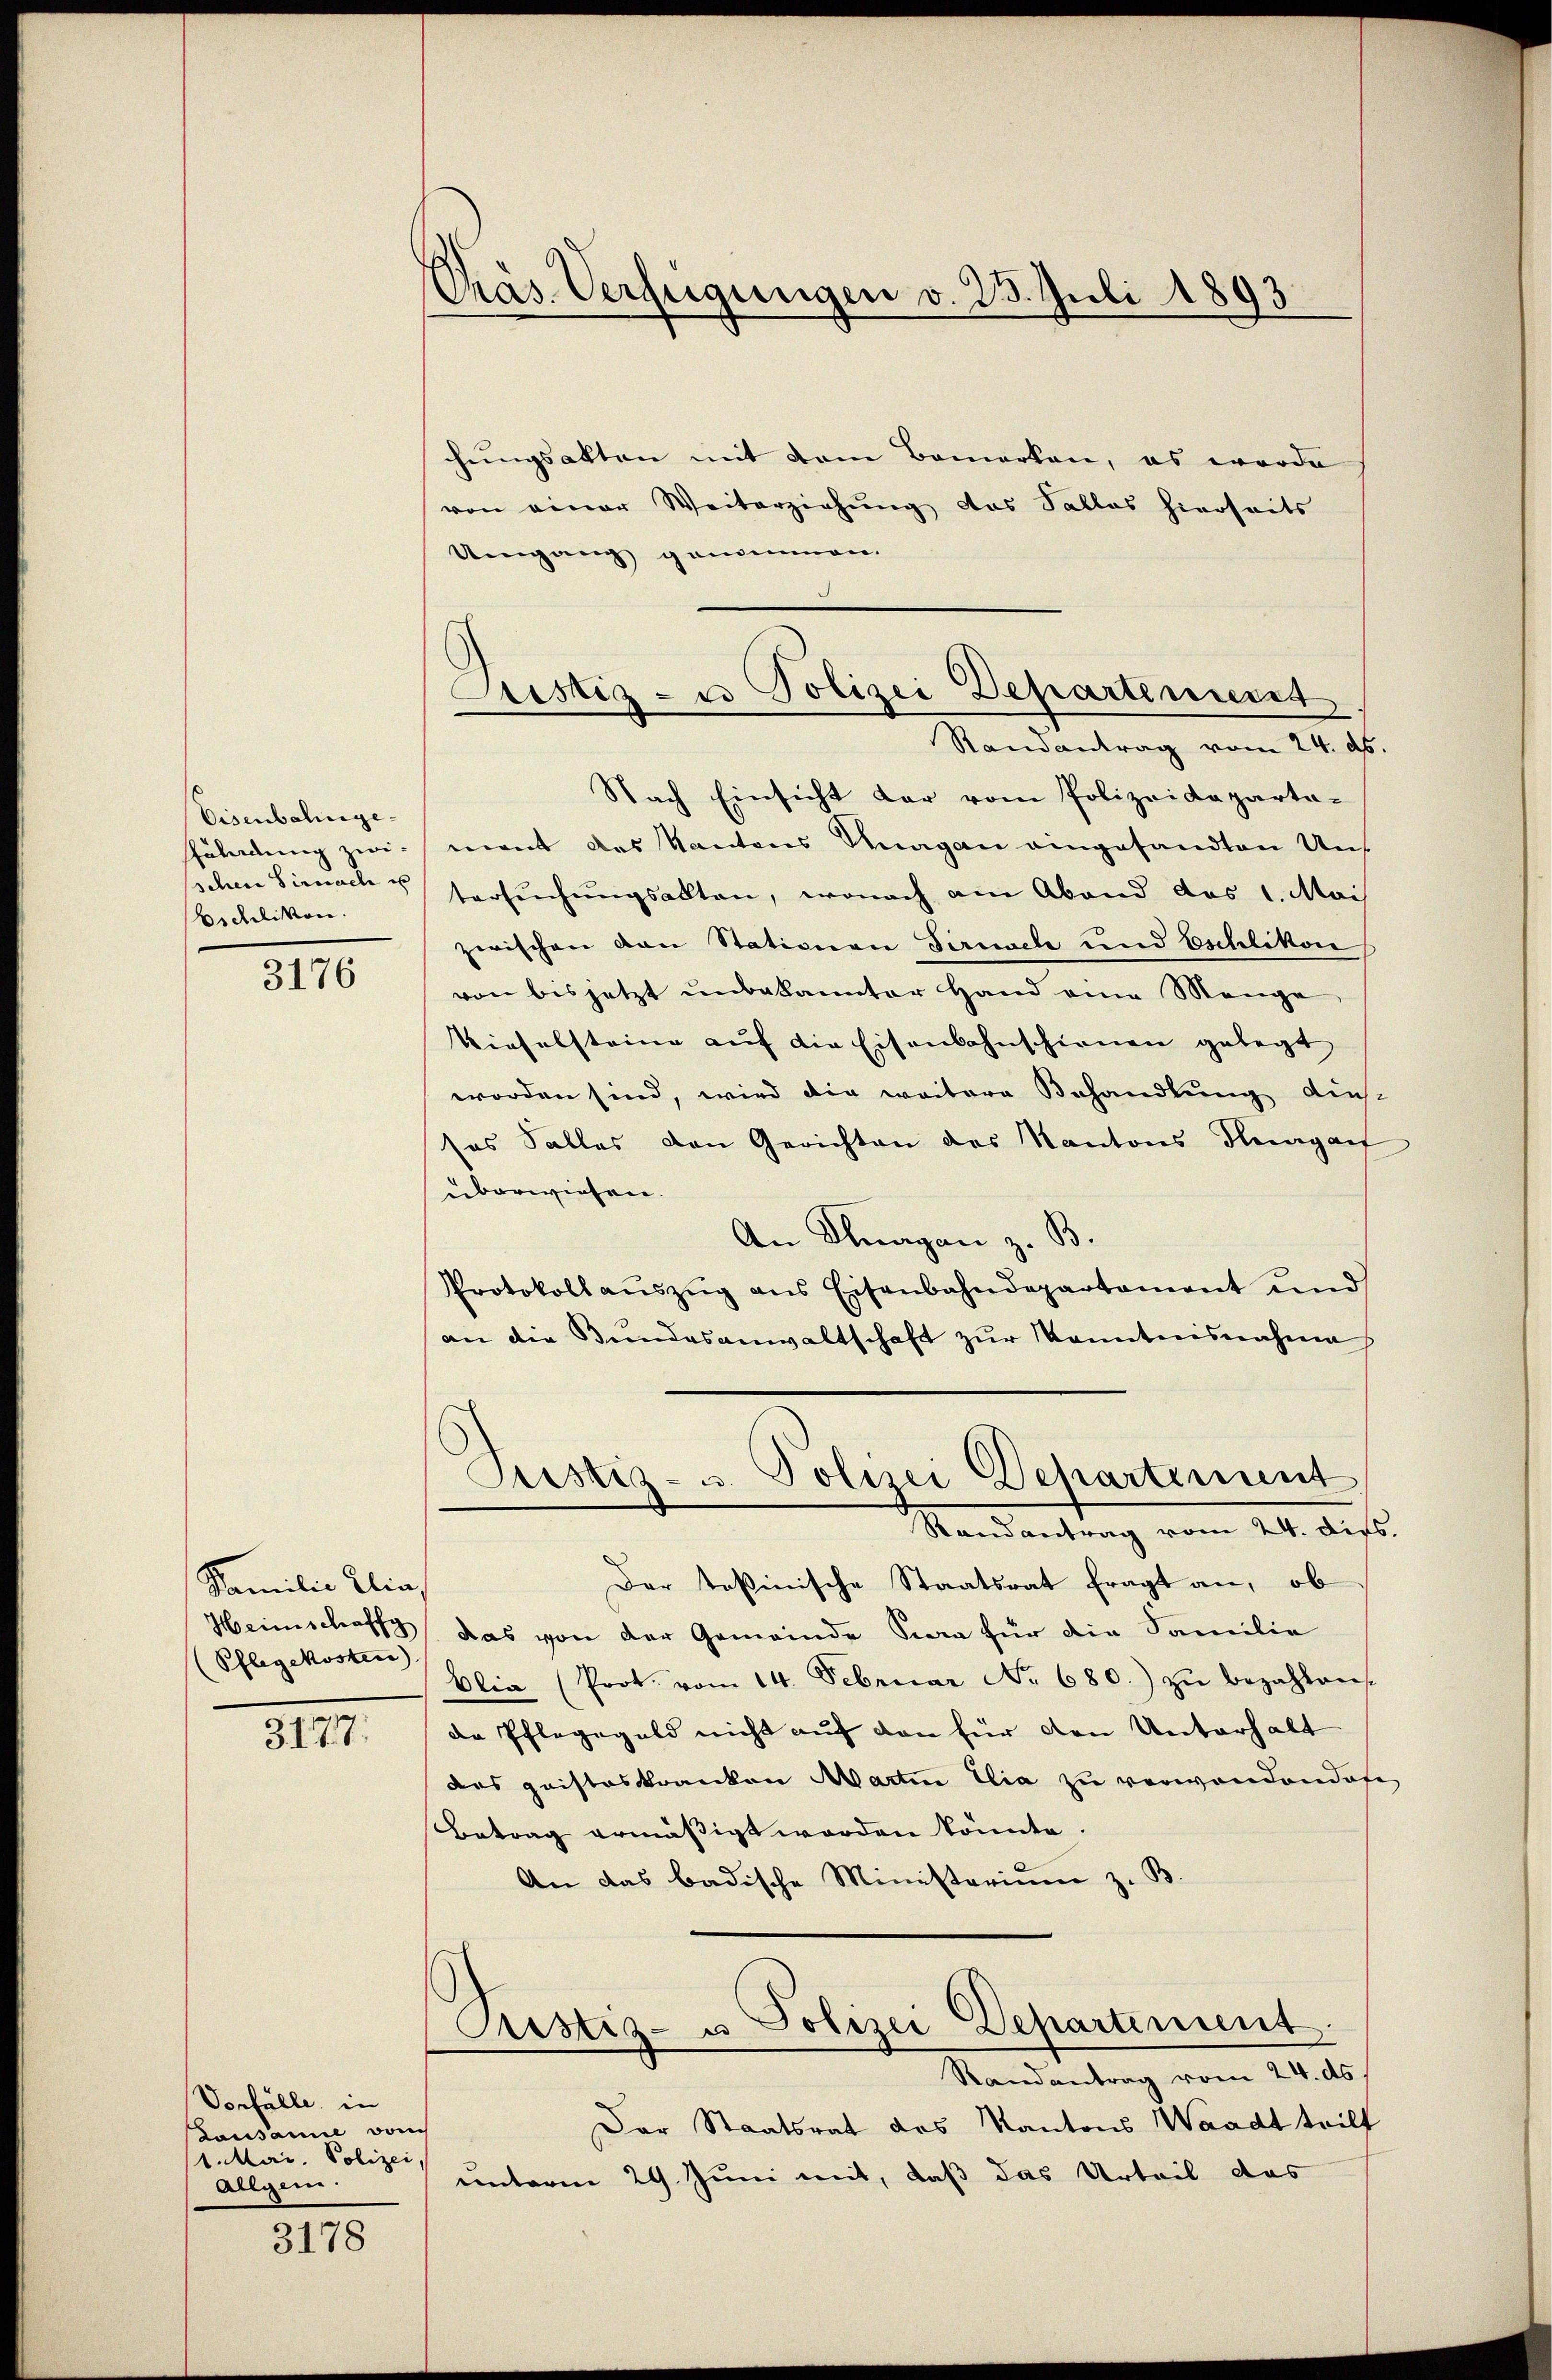
Eisenbahngeschen Sirnach es
bichlikon.

3176

Familie Ilia,
Pflegekosten)

3177.

Vorfälle in
Lausanne doch
1. Mai. Polizei,
Allgem.

3178

Phras. Verfügungen v. 25. Juli 1893.

Pristig - u Polizei Departeniret
Randantrag vom 24. ds.

hungsakten mit dem Bemerken, es werde
von einer Weiterziehung das Sallas hierseits
Umgang genommen.
Nach Einsicht der vom Polizeideparta-
Füladung zwi- ment des Kantons Gnagan eingesandten Untersŭchŭngsalten, wonach am Abend das 1. Mai
zwischen von Stationen Sirnach und Eschlikon
von bis jetzt unbekannter Hand eine Menge,
kieselsteine auf die Eisenbahnschienen gelegt
worden sind, wird die weitere Behandlung dies
sas Salles den Gerichten des Kantons Thurgau
überwiesen. |
An Klagen z. B.
Protokoll aŭszŭg ans Eisenbahndepartament und
an die Bundesanwaltschaft zur Kenntnisnahme
Pustiz- u. Polizei Dehartement
Randantrag vom 24. dies
Der Teßinische Staatsrat fragt an, ob
Heimschoff das von der Gemeinde Sera für die Familie
blia (Prot. vom 14. Februar No 680. zŭ bezahlens-
de Pfleggeld nicht auf den für den Unterhalt
des quistoskranken Martin Elia zu verwandendofe
Betrag ermäßigt worden könnte.
An das badische Ministerium z. B
Prustiz- u Polizei Departement.
Randantrag vom 24. ds.
Der Staatsrat des Kantons Waadt teilt
unterm 29. Juni mit, daß das Urteil das